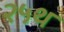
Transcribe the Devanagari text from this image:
२५थ